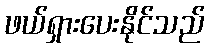
ဖယ်ရှားပေးနိုင်သည်